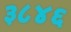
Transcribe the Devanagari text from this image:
३८४६